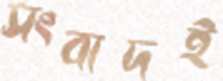
সংবাদই